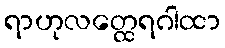
ရာဟုလတ္ထေရဂါထာ